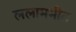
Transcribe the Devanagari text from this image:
ललामभीत